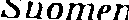
Suomen